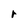
Character: r